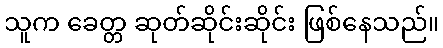
သူက ခေတ္တ ဆုတ်ဆိုင်းဆိုင်း ဖြစ်နေသည်။